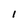
Character: l